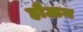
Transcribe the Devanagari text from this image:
हौऊन